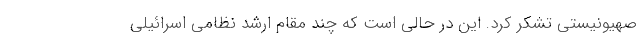
صهیونیستی تشکر کرد. این در حالی است که چند مقام ارشد نظامی اسرائیلی